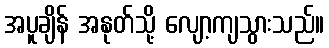
အပူချိန် အနုတ်သို့ လျော့ကျသွားသည်။